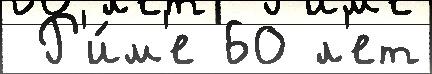
 Р'и́м'е 60 л'ет